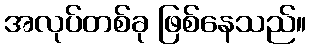
အလုပ်တစ်ခု ဖြစ်နေသည်။